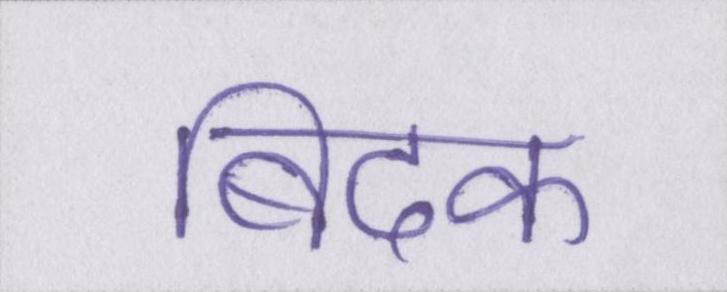
बिदक